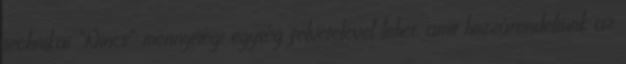
technikai “Nincs” mennyiségi egység felvételével lehet, amit hozzárendeltünk az